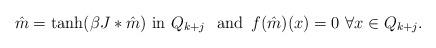
LaTeX: \begin{align*}\hat{m}=\tanh(\beta J\ast\hat{m})\,\,\mathrm{in}\,\, Q_{k+j} \,\,\,\,\mathrm{and}\,\,\, f(\hat{m})(x)=0 \,\,\forall x\in Q_{k+j}.\end{align*}